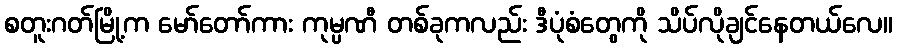
စတူးဂတ်မြို့က မော်တော်ကား ကုမ္ပဏီ တစ်ခုကလည်း ဒီပုံစံတွေကို သိပ်လိုချင်နေတယ်လေ။